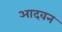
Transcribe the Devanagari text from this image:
आदवन